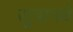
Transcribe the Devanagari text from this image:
सुत्रामधे